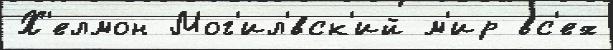
Х'елмон Мог'ил'́вск'ий м'ир вс'ех